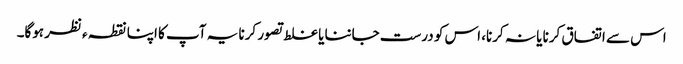
اس سے اتفاق کرنا یا نہ کرنا، اس کو درست جاننا یا غلط تصور کرنا یہ آپ کا اپنا نقطہ ءنظر ہوگا۔